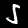
Label: 5